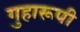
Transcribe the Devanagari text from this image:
गुहारूपी